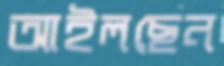
আইলছেন